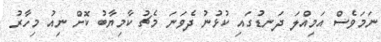
ނަމަވެސް އަމިއްލަ ދަނޑުގައި ކުޅުނު ދެވަނަ މެޗު ކާމިޔާބު ކޮށް ނިއު މިހާރު